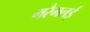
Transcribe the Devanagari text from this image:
मरैमलई